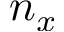
n _ { x }